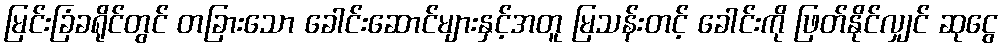
မြင်းခြံခရိုင်တွင် တခြားသော ခေါင်းဆောင်များနှင့်အတူ မြသန်းတင့် ခေါင်းကို ဖြတ်နိုင်လျှင် ဆုငွေ